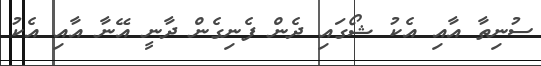
ސުނިތާ އާއި އެކު ޝޯގައި ދެން ފެނިގެން ދާނީ އޭނާ އާއި އެކު